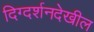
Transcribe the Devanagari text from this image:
दिग्दर्शनदेखील